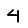
Digit: 4